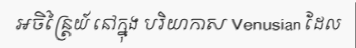
អចិន្ត្រៃយ៍ នៅក្នុង បរិយាកាស Venusian ដែល